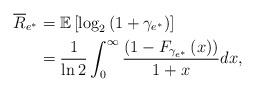
LaTeX: \begin{align*}{\overline{R}}_{e^{*}}&=\mathbb{E} \left[ {{\log }_2}\left( {1 + {\gamma_{e^{*}}}} \right) \right]\\&=\frac{1}{{\ln 2}}\int_0^\infty {\frac{{\left( {1 - {F_{{\gamma _{{e^*}}}}}\left( x \right)} \right)}}{{1 + x}}dx},\end{align*}